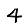
Digit: 4